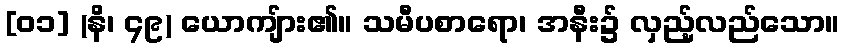
[၀၁] (နိ၊ ၄၉) ယောကျ်ား၏။ သမီပစာရော၊ အနီး၌ လှည့်လည်သော။